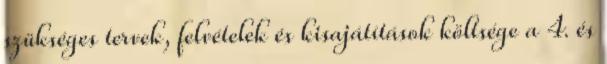
szükséges tervek, felvételek és kisajátítások költsége a 4. és